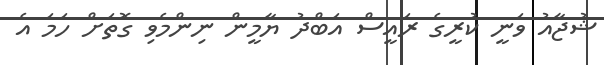
ޝުޖާއު ވަނީ ކުރީގެ ރައީސް އަބްދު ޔާމީން ނިންމެވި ގޮތަށް ހަމަ އެ